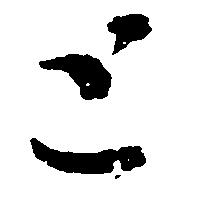
と